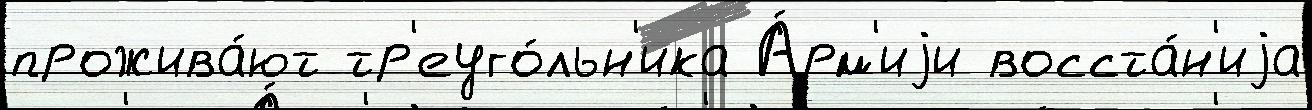
прожива́ют тр'еуго́льн'ика А́рм'иjи восста́н'иjа